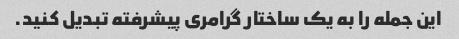
این جمله را به یک ساختار گرامری پیشرفته تبدیل کنید.